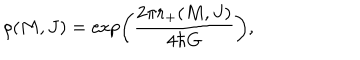
LaTeX: \rho ( M , J ) = \exp \left( \frac { 2 \pi r _ { + } ( M , J ) } { 4 \hbar G } \right) ,